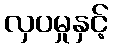
လှပမှုနှင့်